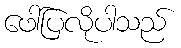
ဖေါ်ပြလိုပါသည်